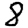
Digit: 8